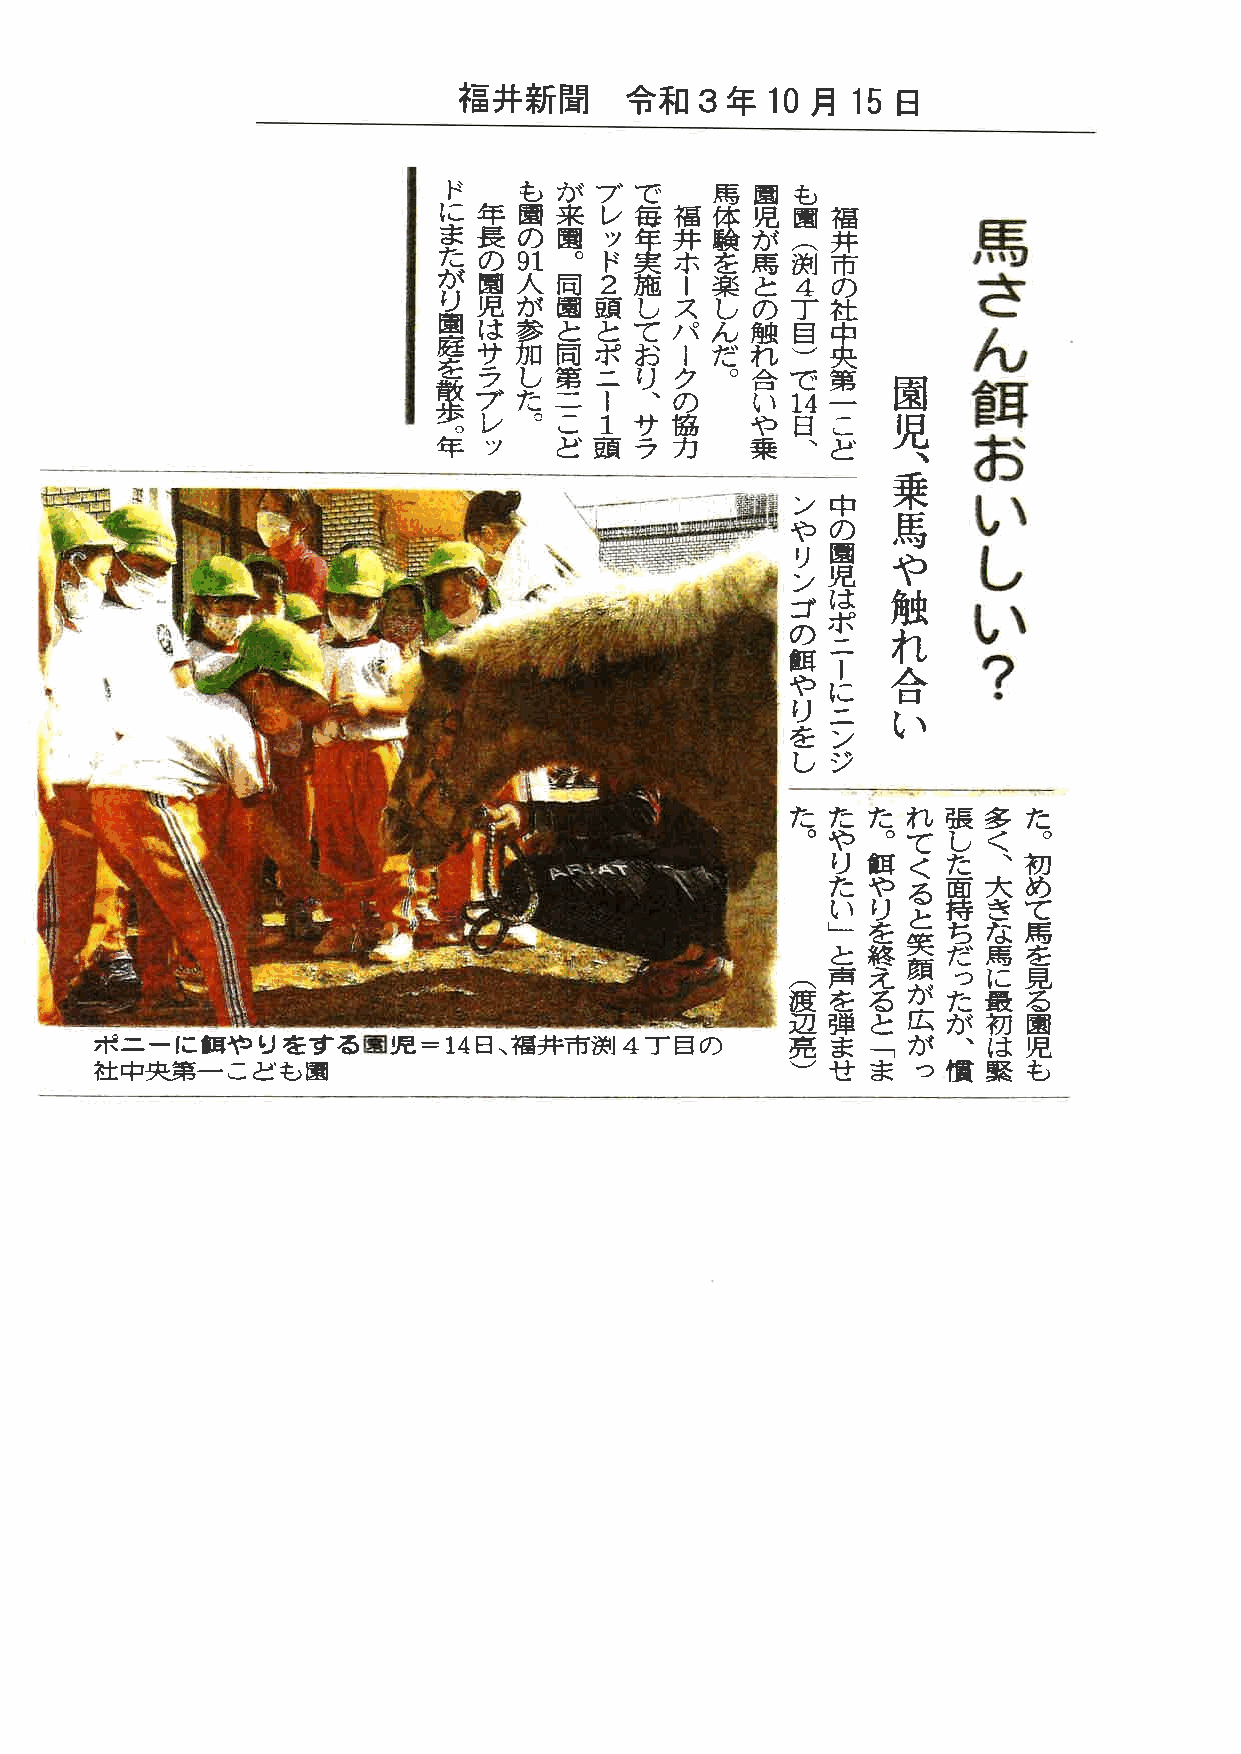
福井新聞       令和   3年   10月  15日
 ド    も  が  ブ で    馬  園  も
 に  年 園  来  レ 毎  福 体  児  園 福
 ま  長 の  園  ッ 年  井 験  が    井         馬
 た  の ．９  。 ド 実  ホ を  馬  渕（ 市
 が  園 人  同  ２ 施  ー 楽  と  ４ の         さ
 り  児 が  園  頭 し  ス し  の  丁 社
 園  は 参  と  と て  パ ん  触  目 中         ん
 庭
 サ 加  同 ポ  お  ー だ  れ  ） 央
 を
 散  ラ し  第 ニ  り  ク  。 合 で  第   園     餌
 ブ た  二 １   、 の    い  望
 歩                         一
 レ  。 こ １  サ  協    や 日  こ   児
 。
 年  ッ    ど 頭  ラ  力    乗  、 ど         お
 、
 乗
 ン 中         い
 馬
 や  の
 リ  園   や     し
 児
 ン
 は   触
 ゴ            い
 ポ
 の      れ
 ニ
 餌            ？
 ー   合
 や
 に
 り
 ニ   い
 を  ン
 し  ジ
 た  た  た れ  張 多  た
 。 や  。 て  し く   。
 り  餌 く  た  、 初
 た  や る  面 大  め
 い  り    持 き  て
 と
 」  を    ち な  馬
 笑
 と  終    だ 馬  を
 顔
 声  え    っ に  見
 （ 渡 を る が  た 最  る
 辺  弾  と 広  が 初  園
 ポニーに餌や     りをする国児     =14日 、福井市渕   4丁  目の     亮  ま    が  、 は  児
 「
 社中央第一    こども園                                 ）  せ  ま っ  慣 緊  も